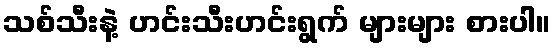
သစ်သီးနဲ့ ဟင်းသီးဟင်းရွက် များများ စားပါ။